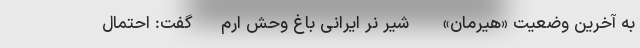
به آخرین وضعیت «هیرمان» - شیر نر ایرانی باغ وحش ارم- گفت: احتمال